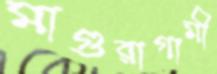
মাগুরাগামী